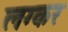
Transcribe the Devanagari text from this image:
लग्कर